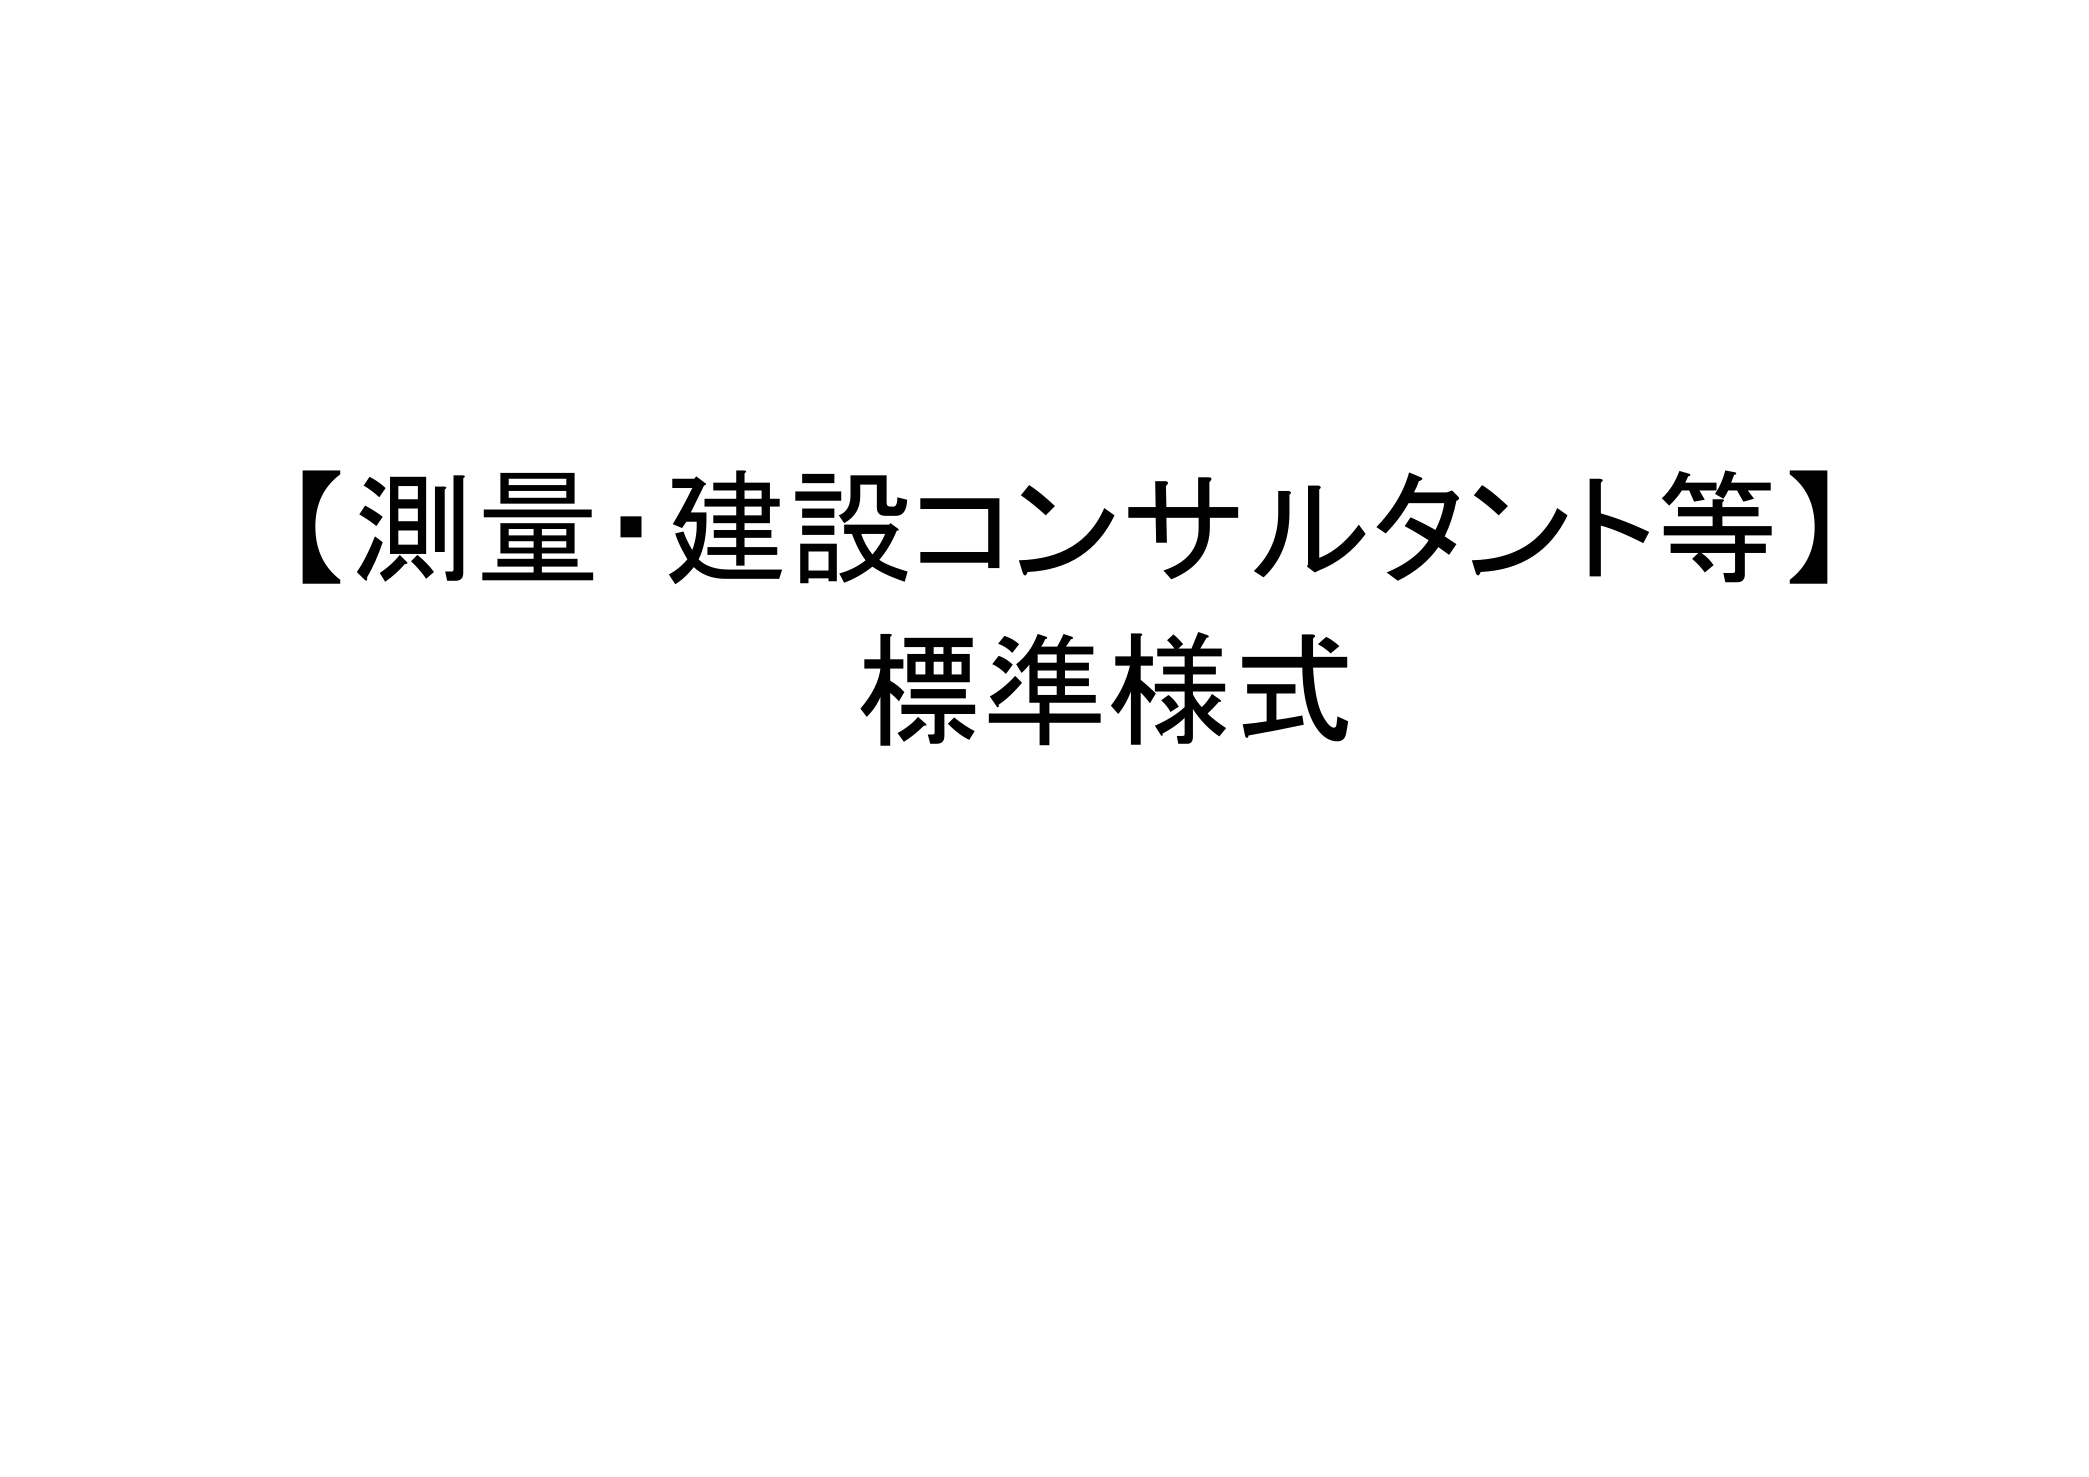
【測量・建設コンサルタント等】
標準様式